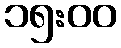
၁၅:၀၀